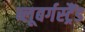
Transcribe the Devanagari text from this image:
ब्‍लूबर्गस्‍ट्रैंड